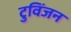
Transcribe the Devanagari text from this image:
टुविंजन